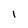
Character: 1